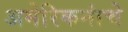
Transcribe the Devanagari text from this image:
अमेरिकनांचे